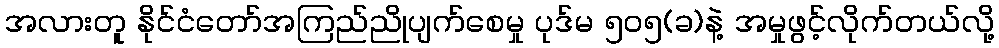
အလားတူ နိုင်ငံတော်အကြည်ညိုပျက်စေမှု ပုဒ်မ ၅၀၅(ခ)နဲ့ အမှုဖွင့်လိုက်တယ်လို့